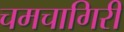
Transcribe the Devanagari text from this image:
चमचागिरी